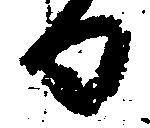
日